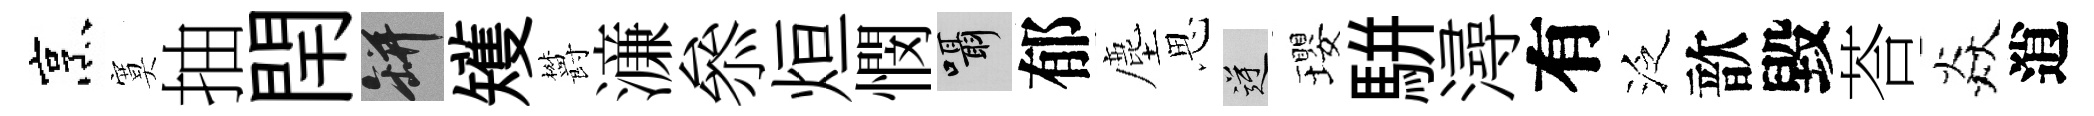
烹寞抽閈瓶矱欝濓叅烜憫囁郁塵思逆瓔駢潯有泛歆毀荅焱逍